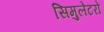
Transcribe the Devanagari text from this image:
सिमुलेटरों